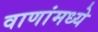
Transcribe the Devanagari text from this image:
वाणांमध्ये